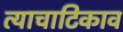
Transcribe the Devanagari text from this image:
त्याचाटिकाव